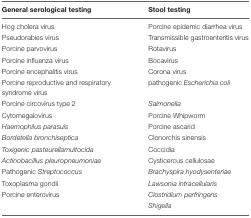
| General serological testing | Stool testing |
 | --- | --- |
 | Hog cholera virus | Porcine epidemic diarrhea virus |
 | Pseudorabies virus | Transmissible gastroenteritis virus |
 | Porcine parvovirus | Rotavirus |
 | Porcine influenza virus | Bocavirus |
 | Porcine encephalitis virus | Corona virus |
 | Porcine reproductive and respiratory syndrome virus | pathogenic Escherichia coli |
 | Porcine circovirus type 2 | Salmonella |
 | Cytomegalovirus | Porcine Whipworm |
 | Haemophilus parasuis | Porcine ascarid |
 | Bordetella bronchiseptica | Clonorchis sinensis |
 | Toxigenic pasteurellamultocida | Coccidia |
 | Actinobacillus pleuropneumoniae | Cysticercus cellulosae |
 | Pathogenic Streptococcus | Brachyspira hyodysenteriae |
 | Toxoplasma gondii | Lawsonia intracellularis |
 | Porcine enterovirus | Clostridium perfringens |
 |  | Shigella |